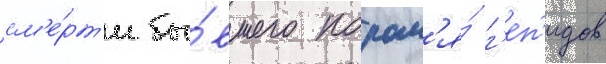
см'е́рт'и бы́вшего корол'я́ г'еп'идов